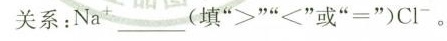
关系：Na^{+}___(填”>””<”或”=”)C1^{-}。